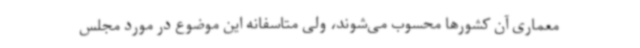
معماری آن کشورها محسوب می‌شوند، ولی متاسفانه این موضوع در مورد مجلس